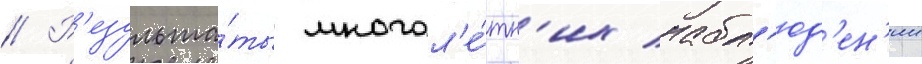
// Р'езульта́ты многол'е́тн'их набл'юд'ен'ии